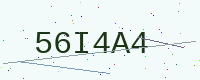
Text: 56I4A4